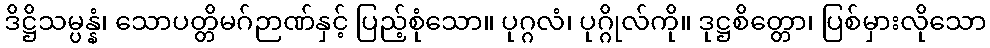
ဒိဋ္ဌိသမ္ပန္နံ၊ သောပတ္တိမဂ်ဉာဏ်နှင့် ပြည့်စုံသော။ ပုဂ္ဂလံ၊ ပုဂ္ဂိုလ်ကို။ ဒုဋ္ဌစိတ္တော၊ ပြစ်မှားလိုသော